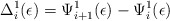
\begin{align*}\Delta_{i}^{1}(\epsilon) = \Psi_{i+1}^{1}(\epsilon) - \Psi_{i}^{1}(\epsilon)\end{align*}